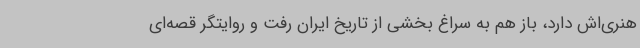
هنری‌اش دارد، باز هم به سراغ بخشی از تاریخ ایران رفت و روایتگر قصه‌ای